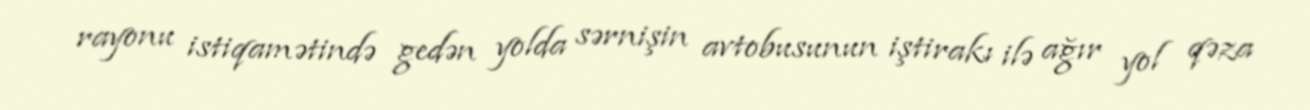
rayonu istiqamətində gedən yolda sərnişin avtobusunun iştirakı ilə ağır yol qəza